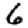
Digit: 6